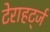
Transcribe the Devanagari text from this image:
टेराहर्ट्ज